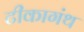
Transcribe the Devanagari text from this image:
टीकागंथ